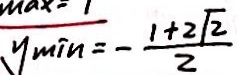
y _ { \min } = - \frac { 1 + 2 \sqrt { 2 } } { 2 }